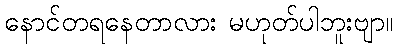
နောင်တရနေတာလား မဟုတ်ပါဘူးဗျာ။